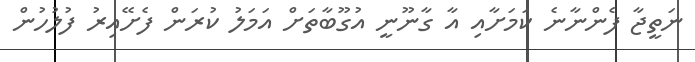
ނަތީޖާ ފެންނާނެ ކަމަށާއި އާ ގާނޫނީ އުގޫބާތަށް އަމަލު ކުރަން ފެށޭއިރު ފުލުހުން